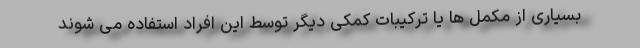
بسیاری از مکمل ها یا ترکیبات کمکی دیگر توسط این افراد استفاده می شوند